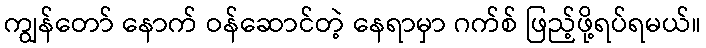
ကျွန်တော် နောက် ဝန်ဆောင်တဲ့ နေရာမှာ ဂက်စ် ဖြည့်ဖို့ရပ်ရမယ်။